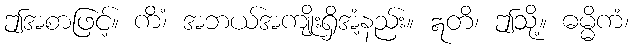
ဤအစာဖြင့်။ ကိံ၊ အဘယ်အကျိုးရှိအံ့နည်း။ ဣတိ၊ ဤသို့။ ဓမ္မိကံ၊